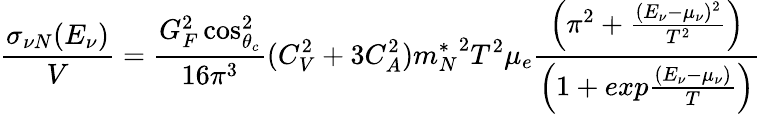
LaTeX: \frac{\sigma_{\nu N}(E_{\nu})}{V}=\frac{G_{F}^{2}\cos_{\theta_{c}}^{2}}{16\pi^{3}}(C_{V}^{2}+3C_{A}^{2}){m_{N}^{*}}^{2}T^{2}\mu_{e}\frac{\left(\pi^{2}+\frac{(E_{\nu}-\mu_{\nu})^{2}}{T^{2}}\right)}{\left(1+exp\frac{(E_{\nu}-\mu_{\nu})}{T}\right)}